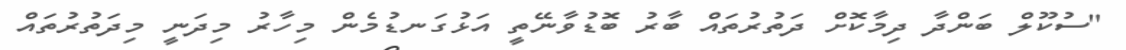
"ސުކޫލް ބަންދާ ދިމާކޮށް ދަތުރުތައް ބާރު ބޮޑުވާނޭތީ އަޅުގަނޑުމެން މިހާރު މިދަނީ މިދަތުރުތަައް